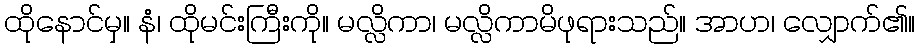
ထိုနောင်မှ။ နံ၊ ထိုမင်းကြီးကို။ မလ္လိကာ၊ မလ္လိကာမိဖုရားသည်။ အာဟ၊ လျှောက်၏။